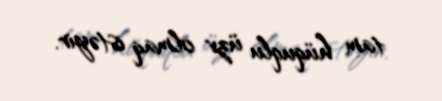
tam hüquqlu üzv olmaq istəyir.